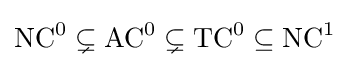
{\mbox{NC}}^{0}\subsetneq {\mbox{AC}}^{0}\subsetneq {\mbox{TC}}^{0}\subseteq {\mbox{NC}}^{1}